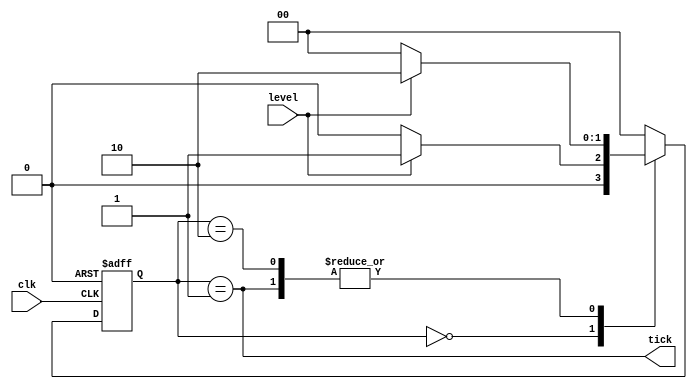
`timescale 1ns / 1ps
//////////////////////////////////////////////////////////////////////////////////
// Company: 
// Engineer: 
// 
// Design Name: 
// Module Name: RE_detector
// Project Name: 
// Target Devices: 
// Tool Versions: 
// Description: 
// 
// Dependencies: 
// 
// Revision:
// Revision 0.01 - File Created
// Additional Comments:
// 
//////////////////////////////////////////////////////////////////////////////////


module re_detector(input wire level, input wire clk, output wire tick);
reg [1:0] state;
reg [1:0] nextState;
wire rst = 1'b0;
parameter [1:0] stateA = 2'b00, stateEdg = 2'b01, stateB = 2'b10;
always @ *
begin
case (state)
    stateA: if(level==0)
        nextState = stateA;
       else 
        nextState = stateEdg;
        
    stateEdg: if(level==0)
        nextState = stateA;
       else 
        nextState = stateB;
    stateB: if(level==0)
        nextState = stateA;
       else 
        nextState = stateB;
     default: nextState = stateA;    
endcase

end

always @(posedge clk, posedge rst)
begin
if (rst)
    state <= stateA;
else
    state <= nextState; 
end

assign tick = rst ? 0: (state == stateEdg);



endmodule